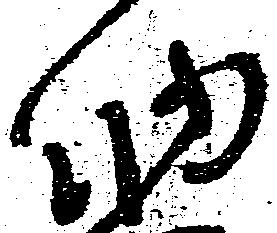
納